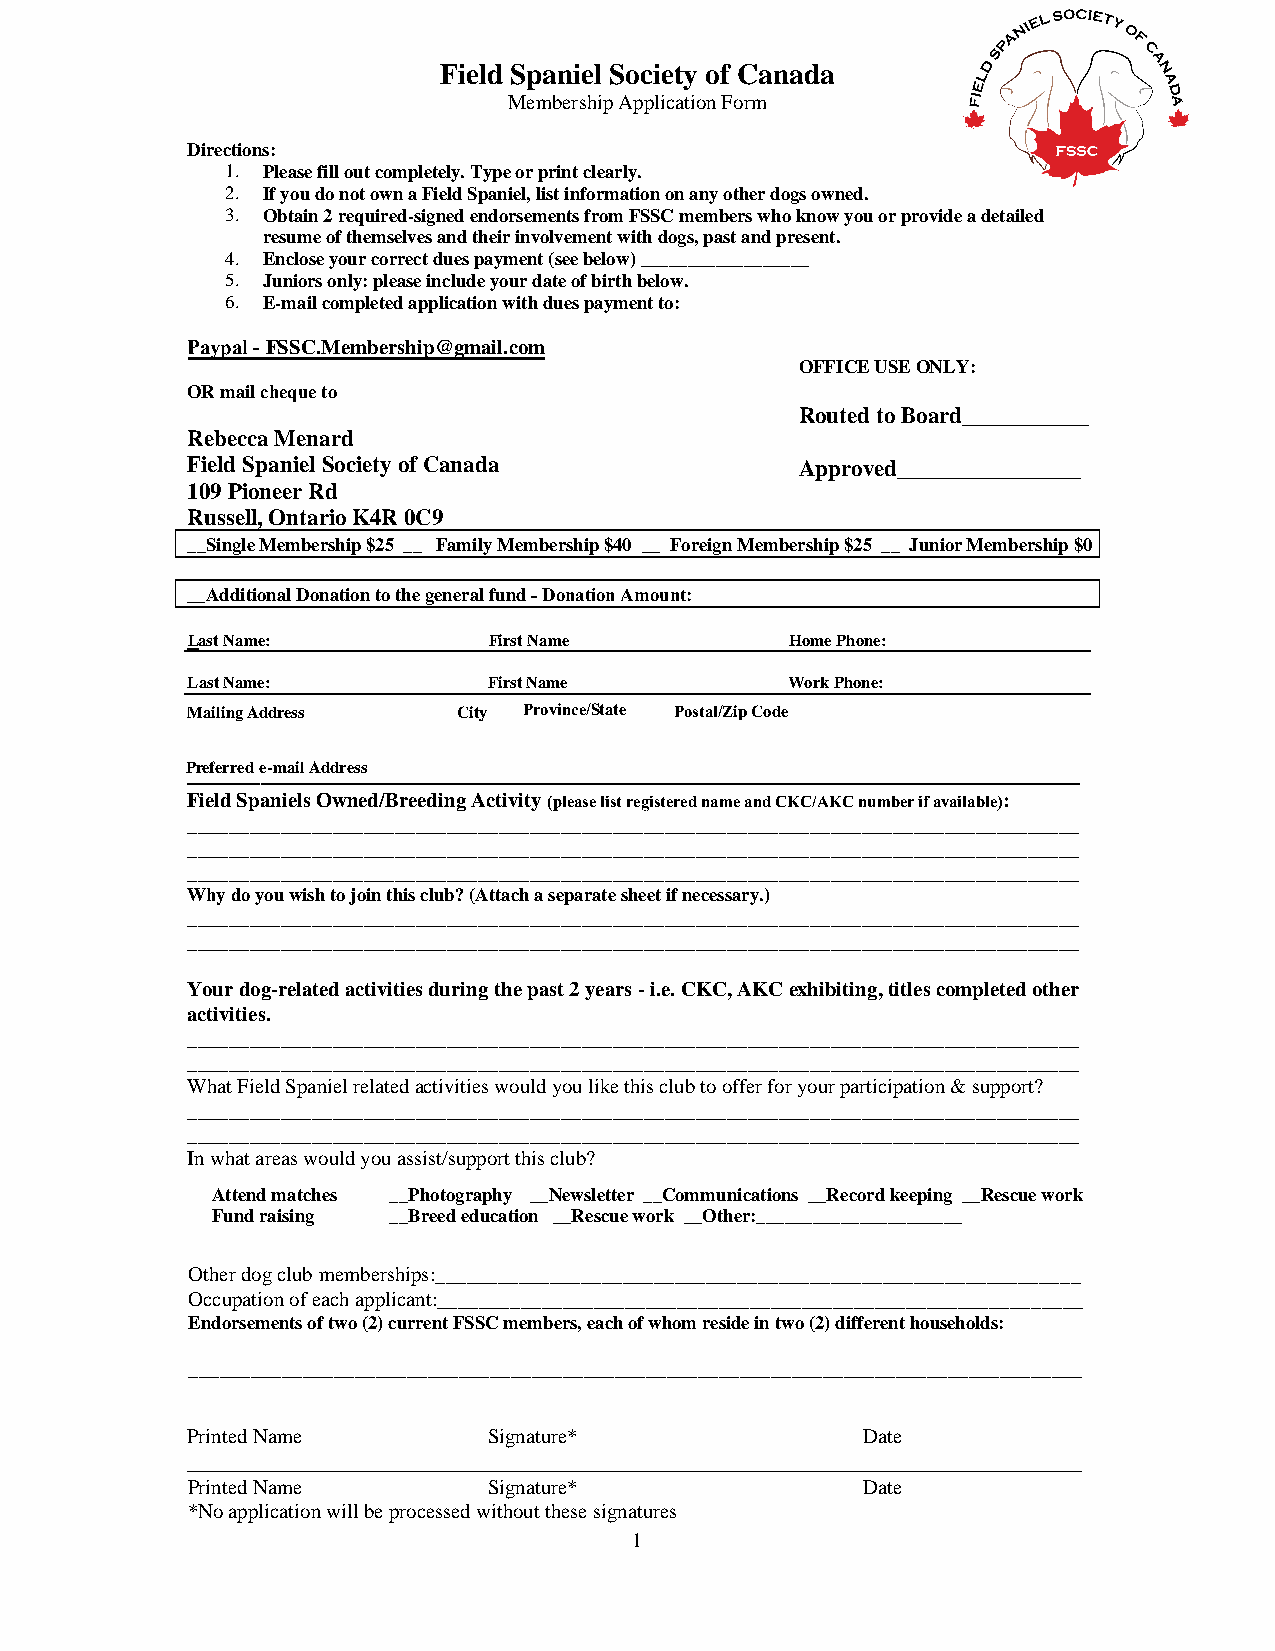
Field Spaniel Society of Canada
 Membership Application Form
 Directions:
 1. Please fill out completely. Type or print clearly.
 2. If you do not own a Field Spaniel, list information on any other dogs owned.
 3. Obtain 2 required-signed endorsements from FSSC members who know you or provide a detailed
 resume of themselves and their involvement with dogs, past and present.
 4. Enclose your correct dues payment (see below) __________________
 5. Juniors only: please include your date of birth below.
 6. E-mail completed application with dues payment to:
 Paypal - FSSC.Membership@gmail.com
 OFFICE USE ONLY:
 OR mail cheque to
 Routed to Board___________
 Rebecca Menard
 Field Spaniel Society of Canada          Approved________________
 109 Pioneer Rd
 Russell, Ontario K4R 0C9
 __Single Membership $25 __ Family Membership $40 __ Foreign Membership $25 __ Junior Membership $0
 __Additional Donation to the general fund - Donation Amount:
 Last Name:          First Name          Home Phone:
 Last Name:          First Name          Work Phone:
 Mailing Address   City Province/State Postal/Zip Code
 P_r_efe_rr_e_d e_-m_a_il _A_dd_re_ss_ ________________________________________________
 Field Spaniels Owned/Breeding Activity (please list registered name and CKC/AKC number if available):
 ______________________________________________________________________________________
 ______________________________________________________________________________________
 ______________________________________________________________________________________
 Why do you wish to join this club? (Attach a separate sheet if necessary.)
 ______________________________________________________________________________________
 ______________________________________________________________________________________
 Your dog-related activities during the past 2 years - i.e. CKC, AKC exhibiting, titles completed other
 activities.
 ______________________________________________________________________________________
 ______________________________________________________________________________________
 What Field Spaniel related activities would you like this club to offer for your participation & support?
 ______________________________________________________________________________________
 ______________________________________________________________________________________
 In what areas would you assist/support this club?
 Attend matches __Photography __Newsletter __Communications __Record keeping __Rescue work
 Fund raising __Breed education __Rescue work __Other:______________________
 Other dog club memberships:______________________________________________________________
 Occupation of each applicant:______________________________________________________________
 Endorsements of two (2) current FSSC members, each of whom reside in two (2) different households:
 ______________________________________________________________________________________
 Printed Name        Signature*               Date
 ______________________________________________________________________________
 Printed Name        Signature*               Date
 *No application will be processed without these signatures
 1